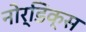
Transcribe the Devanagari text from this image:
नोर्डिक्स